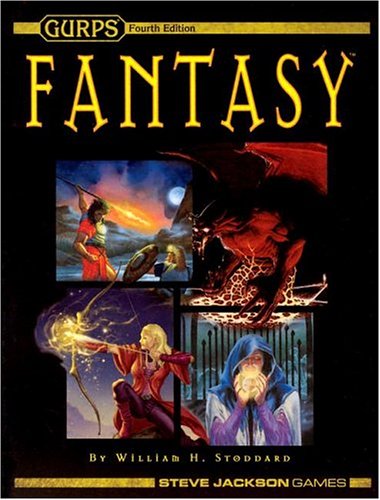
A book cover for GURPS Fantasy HC; William Stoddard; Science Fiction & Fantasy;